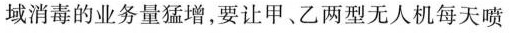
域消毒的业务量猛增，要让甲、乙两型无人机每天喷